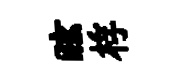
眩桴